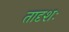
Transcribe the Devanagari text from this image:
तादृशः